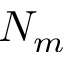
N _ { m }